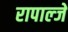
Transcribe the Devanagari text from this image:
रापाल्जे